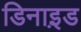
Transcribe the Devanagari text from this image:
डिनाइ़ड